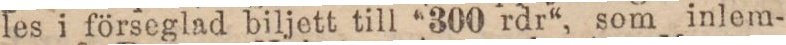
les i förseglad biljett till “300 rdr“, som inlem-